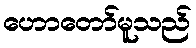
ဟောတော်မူသည်